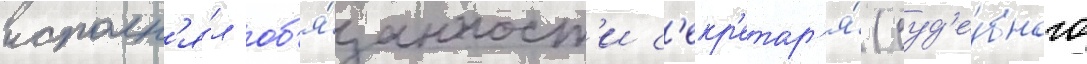
исполн'я́л об'я́занност'и с'екр'етар'я́ (суд'е́бного